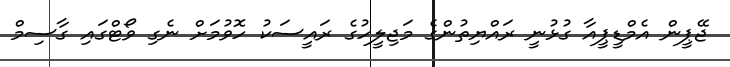
ޖޭޕީން އެމްޑީޕީއާ ގުޅުނީ ރައްޔިތުންގެ މަޖިލީހުގެ ރައީސަކު ހޮވުމަށް ނެގި ވޯޓްގައި ގާސިމް